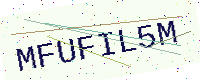
Text: MFUFIL5M